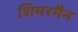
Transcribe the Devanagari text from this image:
शिमरमैन